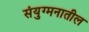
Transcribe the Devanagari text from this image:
संयुग्मनातील